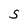
Character: S